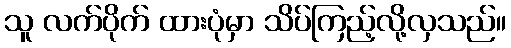
သူ လက်ပိုက် ထားပုံမှာ သိပ်ကြည့်လို့လှသည်။